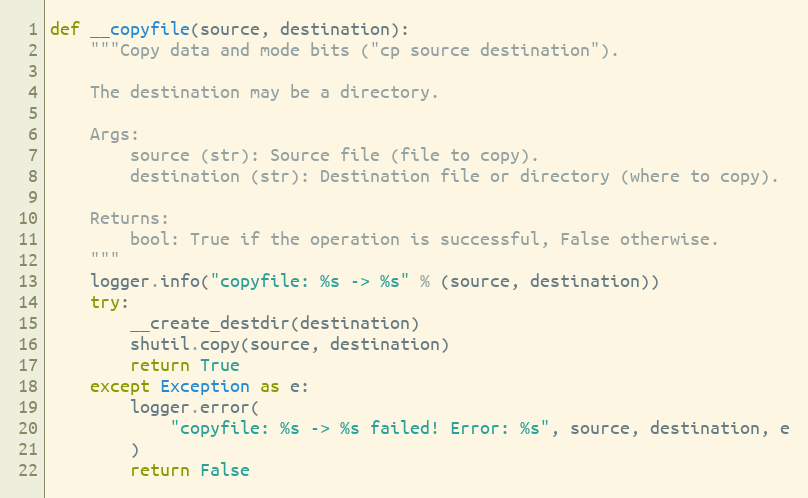
Language: Python
def __copyfile(source, destination):
    """Copy data and mode bits ("cp source destination").

    The destination may be a directory.

    Args:
        source (str): Source file (file to copy).
        destination (str): Destination file or directory (where to copy).

    Returns:
        bool: True if the operation is successful, False otherwise.
    """
    logger.info("copyfile: %s -> %s" % (source, destination))
    try:
        __create_destdir(destination)
        shutil.copy(source, destination)
        return True
    except Exception as e:
        logger.error(
            "copyfile: %s -> %s failed! Error: %s", source, destination, e
        )
        return False